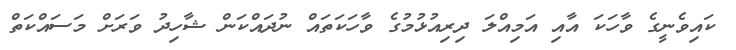
ކައިވެނީގެ ވާހަކަ އާއި އަމިއްލަ ދިރިއުޅުމުގެ ވާހަކަތައް ނުދައްކަން ޝާހިދު ވަރަށް މަސައްކަތް